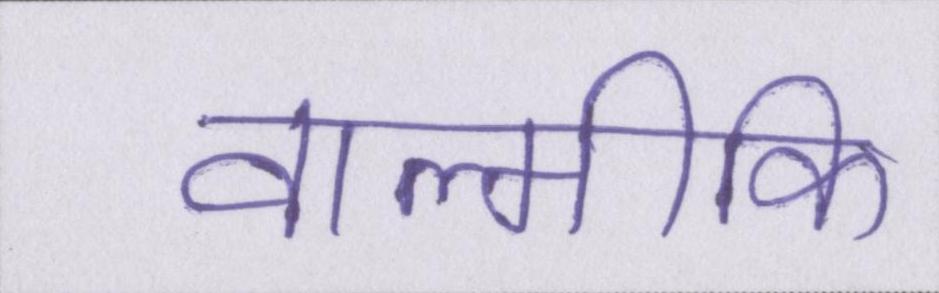
वाल्मीकि